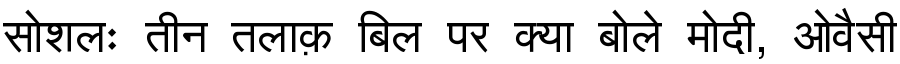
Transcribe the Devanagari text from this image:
सोशलः तीन तलाक़ बिल पर क्या बोले मोदी, ओवैसी